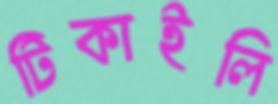
টিকাইলি